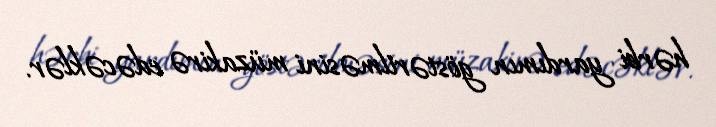
hərbi yardımın göstərilməsini müzakirə edəcəklər.